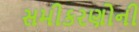
સમીકરણોની